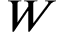
W